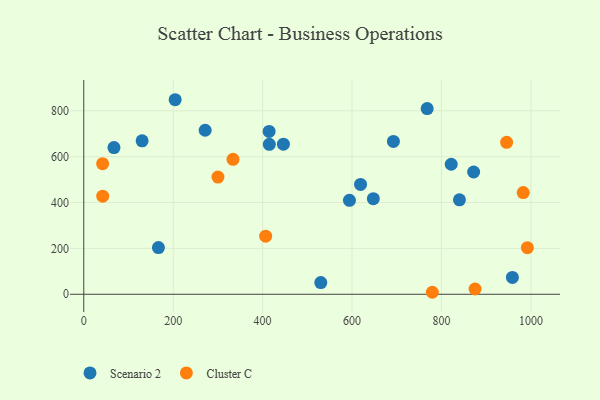
{"axis": {"x": "Price", "y": "Yield"}, "legend": ["Cluster C", "Scenario 2"], "data": [{"x": "692.5", "y": 666.2, "type": "Scenario 2"}, {"x": "958.6", "y": 73.3, "type": "Scenario 2"}, {"x": "67.6", "y": 639.6, "type": "Scenario 2"}, {"x": "871.9", "y": 533.1, "type": "Scenario 2"}, {"x": "415.0", "y": 653.7, "type": "Scenario 2"}, {"x": "414.5", "y": 710.2, "type": "Scenario 2"}, {"x": "768.0", "y": 809.6, "type": "Scenario 2"}, {"x": "130.5", "y": 669.0, "type": "Scenario 2"}, {"x": "167.0", "y": 203.8, "type": "Scenario 2"}, {"x": "530.1", "y": 50.9, "type": "Scenario 2"}, {"x": "594.2", "y": 409.6, "type": "Scenario 2"}, {"x": "821.8", "y": 566.9, "type": "Scenario 2"}, {"x": "446.5", "y": 654.5, "type": "Scenario 2"}, {"x": "271.5", "y": 715.2, "type": "Scenario 2"}, {"x": "840.2", "y": 411.6, "type": "Scenario 2"}, {"x": "204.4", "y": 848.2, "type": "Scenario 2"}, {"x": "647.6", "y": 416.8, "type": "Scenario 2"}, {"x": "619.0", "y": 479.1, "type": "Scenario 2"}, {"x": "333.8", "y": 588.3, "type": "Cluster C"}, {"x": "406.8", "y": 253.3, "type": "Cluster C"}, {"x": "42.4", "y": 427.6, "type": "Cluster C"}, {"x": "945.7", "y": 662.4, "type": "Cluster C"}, {"x": "992.1", "y": 203.0, "type": "Cluster C"}, {"x": "779.5", "y": 8.7, "type": "Cluster C"}, {"x": "42.2", "y": 569.3, "type": "Cluster C"}, {"x": "875.1", "y": 22.9, "type": "Cluster C"}, {"x": "982.8", "y": 443.3, "type": "Cluster C"}, {"x": "300.1", "y": 511.0, "type": "Cluster C"}]}